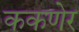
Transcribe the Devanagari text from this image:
ककणेर